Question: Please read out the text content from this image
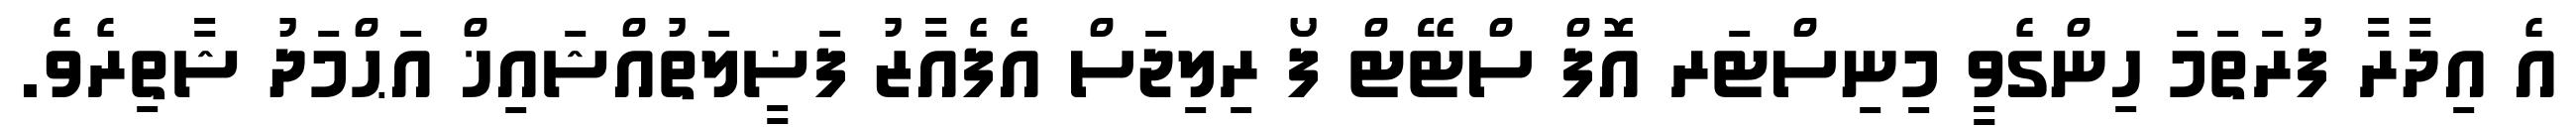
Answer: އެ އިދާރާ ފުރަތަމަ ހިންގެވީ މިނިސްޓަރ އޮފް ސްޓޭޓް ފޯ ރިލިޖަސް އެފެއާޒު ފަޟީލަތުއްޝައިޚް އަޙްމަދު ޝާތިރެވެ.